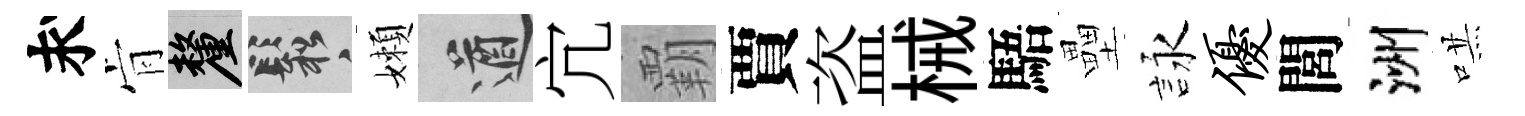
求肻厘鬆嬾遒宂覇賈盗械䮏壘詠优閭洲哄